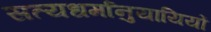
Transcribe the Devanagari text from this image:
सत्यधर्मानुयायियों